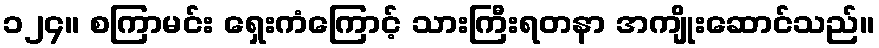
၁၂၄။ စကြာမင်း ရှေးကံကြောင့် သားကြီးရတနာ အကျိုးဆောင်သည်။